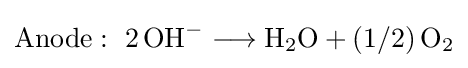
{\mathrm {Anode} :~2\,\mathrm {OH} {\vphantom {A}}^{-}{}\mathrel {\longrightarrow } {}\mathrm {H} {\vphantom {A}}_{\smash[{t}]{2}}\mathrm {O} {}+{}(1/2)\,\mathrm {O} {\vphantom {A}}_{\smash[{t}]{2}}}